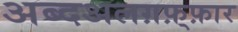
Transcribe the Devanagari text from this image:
अब्दअलग़फ़्फ़ार